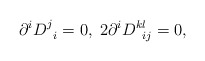
\begin{align*}\partial ^iD_{\;\;i}^j=0,\;2\partial ^iD_{\;\;ij}^{kl}=0,\end{align*}